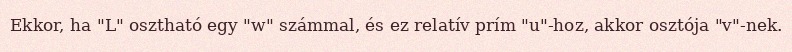
Ekkor, ha "L" osztható egy "w" számmal, és ez relatív prím "u"-hoz, akkor osztója "v"-nek.